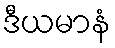
ဒီယမာနံ